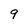
Character: 9